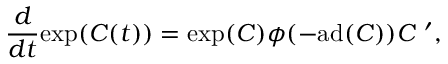
{ \frac { d } { d t } } \mathrm { e x p } ( C ( t ) ) = \mathrm { e x p } ( C ) \phi ( - \mathrm { a d } ( C ) ) C ~ ^ { \prime } ,